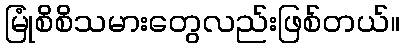
မြုံစိစိသမားတွေလည်းဖြစ်တယ်။